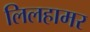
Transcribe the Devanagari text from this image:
लिलहामर